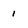
Character: 1